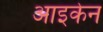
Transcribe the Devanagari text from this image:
आइकेन